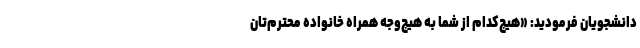
دانشجویان فرمودید: «هیچ‌کدام از شما به هیچ‌وجه همراه خانواده محترم‌تان